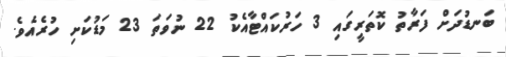
ބަނޑުދަށް ފަރާތު ކޮތަރީގައި 3 ހަރުކައްޓާއެކު 22 ނުވަތަ 23 މަޑުކަށި ހުރެއެވެ.